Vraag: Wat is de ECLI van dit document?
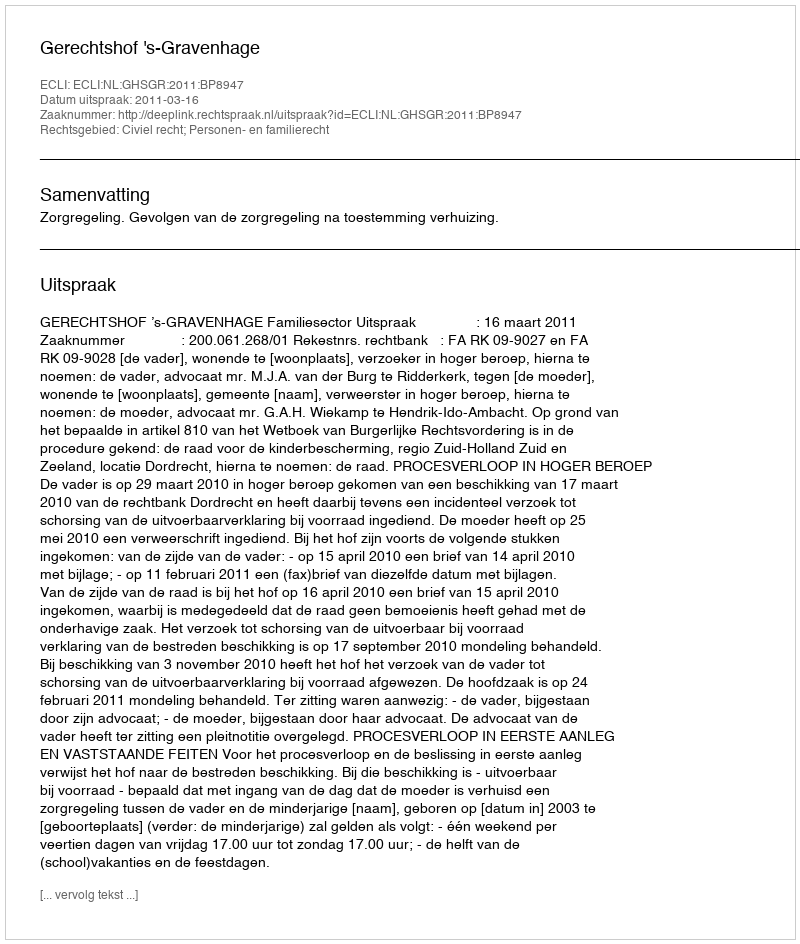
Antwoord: ECLI:NL:GHSGR:2011:BP8947